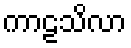
ကာဠသိလာ